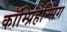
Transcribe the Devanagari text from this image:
कॉम्प्रिहेन्सिंग